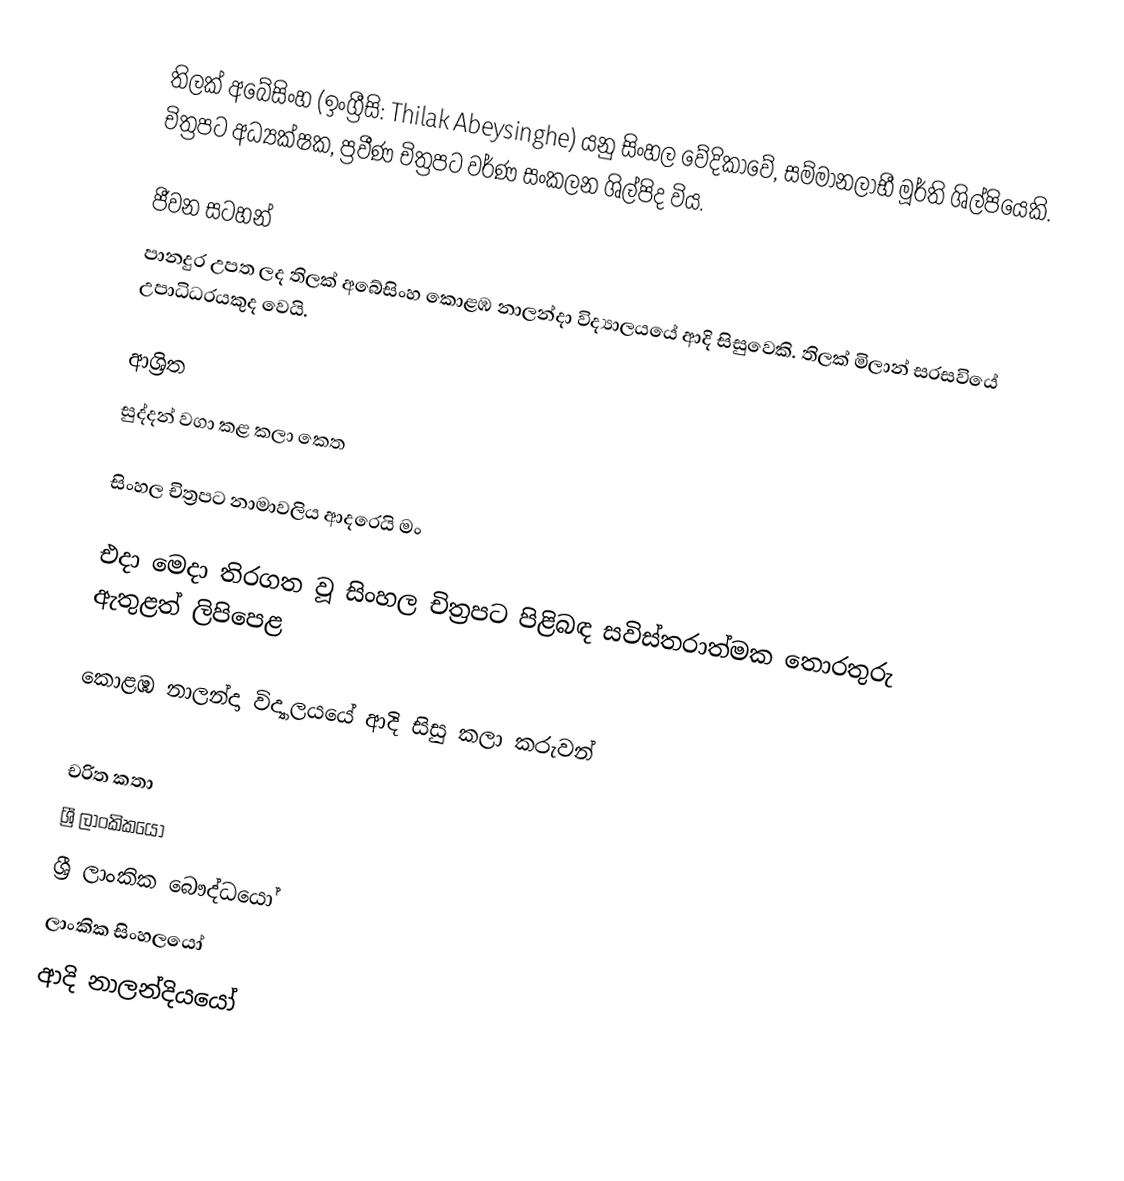
තිලක් අබේසිංහ (ඉංග්‍රීසි: Thilak Abeysinghe) යනු  සිංහල වේදිකාවේ, සම්මානලාභී මූර්ති ශිල්පියෙකි. චිත්‍රපට අධ්‍යක්ෂක, ප්‍රවීණ චිත්‍රපට වර්ණ සංකලන ශිල්පිද විය.

ජීවන සටහන්
පානදුර උපත ලද තිලක් අබේසිංහ කොළඹ නාලන්දා විද්‍යාලයයේ ආදි සිසුවෙකි. තිලක්  මිලාන් සරසවියේ උපාධිධරයකුද වෙයි.

ආශ්‍රිත
 සුද්දන් වගා කළ කලා කෙත

 සිංහල චිත්‍රපට නාමාවලිය ආදරෙයි මං

 එදා මෙදා තිරගත වූ සිංහල චිත්‍රපට පිළිබඳ සවිස්තරාත්මක තොරතුරු ඇතුළත් ලිපිපෙළ

 කොළඹ නාලන්දා විද්‍යාලයයේ ආදි සිසු කලා කරුවන්

චරිත කතා
ශ්‍රී ලාංකිකයෝ
ශ්‍රී ලාංකික බෞද්ධයෝ
ලාංකික සිංහලයෝ
ආදි නාලන්දියයෝ